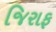
જિરાફ